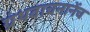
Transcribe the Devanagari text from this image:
ग्रंथवाचनानेंच